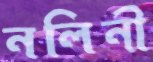
নলিনী